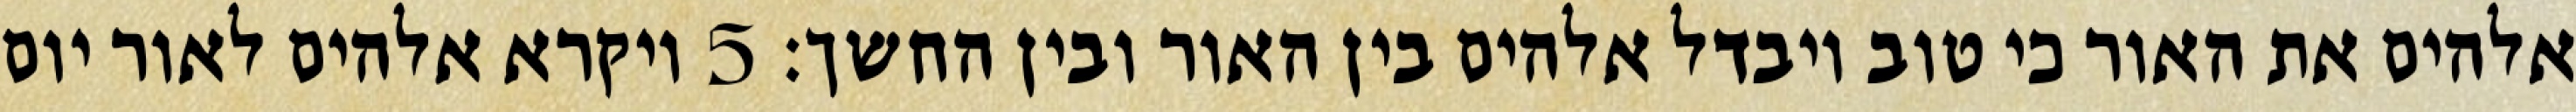
אלהים את האור כי טוב ויבדל אלהים בין האור ובין החשך׃ ‎5‏ ויקרא אלהים לאור יום